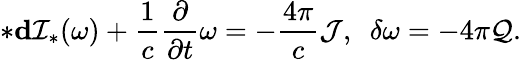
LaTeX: *{\mathbf d}{\cal I}_{*}(\omega)+\frac{1}{c}\frac{\partial}{\partial t}\omega=-\frac{4\pi}{c}{\cal J},\ \ \delta\omega=-4\pi{\cal Q}.